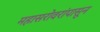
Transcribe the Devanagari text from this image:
महासरोवरांपासून